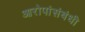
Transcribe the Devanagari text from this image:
आरोपांसंबंधी